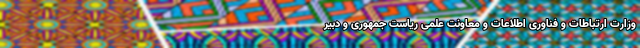
وزارت ارتباطات و فناوری اطلاعات و معاونت علمی ریاست جمهوری و دبیر